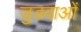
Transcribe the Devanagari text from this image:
जुडवाओं